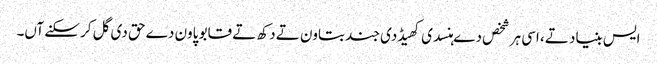
ایس بنیاد تے، اسی ہر شخص دے ہنسدی کھیڈدی جند بتاون تے دکھ تے قابو پاون دے حق دی گل کر سکنے آں۔